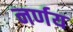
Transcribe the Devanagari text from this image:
नर्णय